Civil Veterinary Dept. Bombay admin report 1893-99 - 1893-1899
Year: 1893
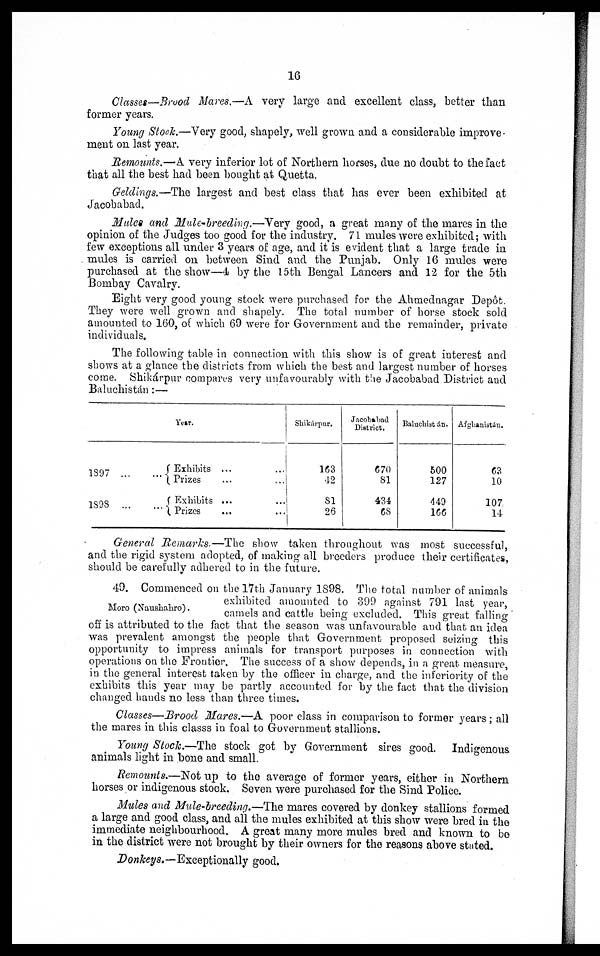
16
Classes—Brood Mares.—A very large and excellent class, better than
former years.
Young Stock.—Very good, shapely, well grown and a considerable improve-
ment on last year.
Remounts.—A very inferior lot of Northern horses, due no doubt to the fact
that all the best had been bought at Quetta.
Geldings.—The largest and best class that has ever been exhibited at
Jacobabad.
Mules and Mule-breeding.—Very
good, a great many of the mares in the
opinion of the Judges too good for the industry. 71 mules were exhibited; with
few exceptions all under 3 years of age, and it is evident that a large trade in
mules is carried on between Sind and the Punjab, Only 16 mules were
purchased at the show—4 by the 15th Bengal Lancers and 12 for the 5th
Bombay Cavalry.
Eight very good young stock were purchased for the Ahmednagar Depôt.
They were well grown and shapely. The total number of horse stock sold
amounted to 160, of which 69 were for Government and the remainder, private
individuals.
The following table in connection with this show is of great interest and
shows at a glance the districts from which the best and largest number of horses
come. Shikárpur compares very unfavourably with the Jacobabad District and
Baluchistan :—
Year.
1897 ...
1898
...
Exhibits ... ...
... Prizes ... ...
Exhibits ... ...
... Prizes ... ...
Shikárpur.
163
42
81
26
Jacobabad
District.
670
81
434
68
Baluchistán.
500
127
449
166
Afghanistán.
63
10
107
14
General Remarks.—The
show taken throughout was most successful,
and the rigid system adopted, of making all breeders produce their certificates,
should be carefully adhered to in the future.
Moro (Naushahro).
49. Commenced on the 17th January 1898. The total number of animals
exhibited amounted to 399 against 791 last year,
camels and cattle being excluded. This great falling
off is attributed to the fact that the season was unfavourable and that an idea
was prevalent amongst the people that Government proposed seizing this
opportunity to impress animals for transport purposes in connection with
operations on the Frontier, The success of a show depends, in a great measure,
in the general interest taken by the officer in charge, and the inferiority of the
exhibits this year may be partly accounted for by the fact that the division
changed hands no less than three times.
Classes—Brood Mares.—A poor class in comparison to former years ; all
the mares in this classs in foal to Government stallions.
Young Stock.—The stock got by Government sires good.
Indigenous
animals light in bone and small.
Remounts.—Not up to the average of former years, either in Northern
horses or indigenous stock. Seven were purchased for the Sind Police.
Mules and Mule-breeding.—The mares covered by donkey stallions formed
a large and good class, and all the mules exhibited at this show were bred in the
immediate neighbourhood. A great many more mules bred and known to be
in the district were not brought by their owners for the reasons above stated.
Donkeys.—Exceptionally
good.